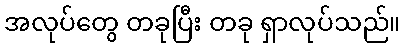
အလုပ်တွေ တခုပြီး တခု ရှာလုပ်သည်။